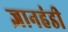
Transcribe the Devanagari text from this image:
ज्ञानहंडी